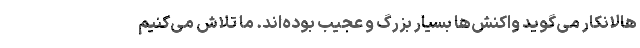
هالانکار می‌گوید واکنش‌ها بسیار بزرگ و عجیب بوده‌اند. ما تلاش می‌کنیم